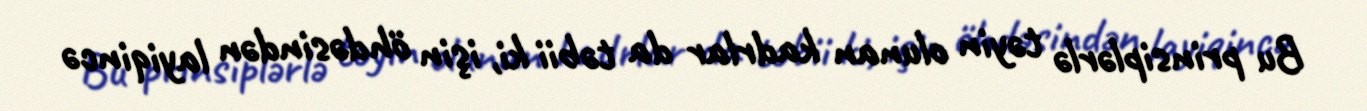
Bu prinsiplərlə təyin olunan kadrlar da təbii ki, işin öhdəsindən layiqincə